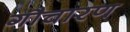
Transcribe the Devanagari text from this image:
गौचारण